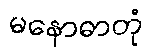
မနောဓာတုံ